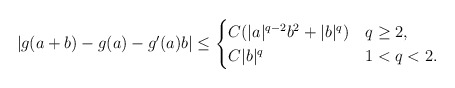
\begin{align*}|g(a+b)-g(a)-g'(a)b|\leq \begin{cases}C (|a|^{q-2}b^2+|b|^q) & q\geq 2,\\C|b|^q & 1<q<2.\end{cases}\end{align*}